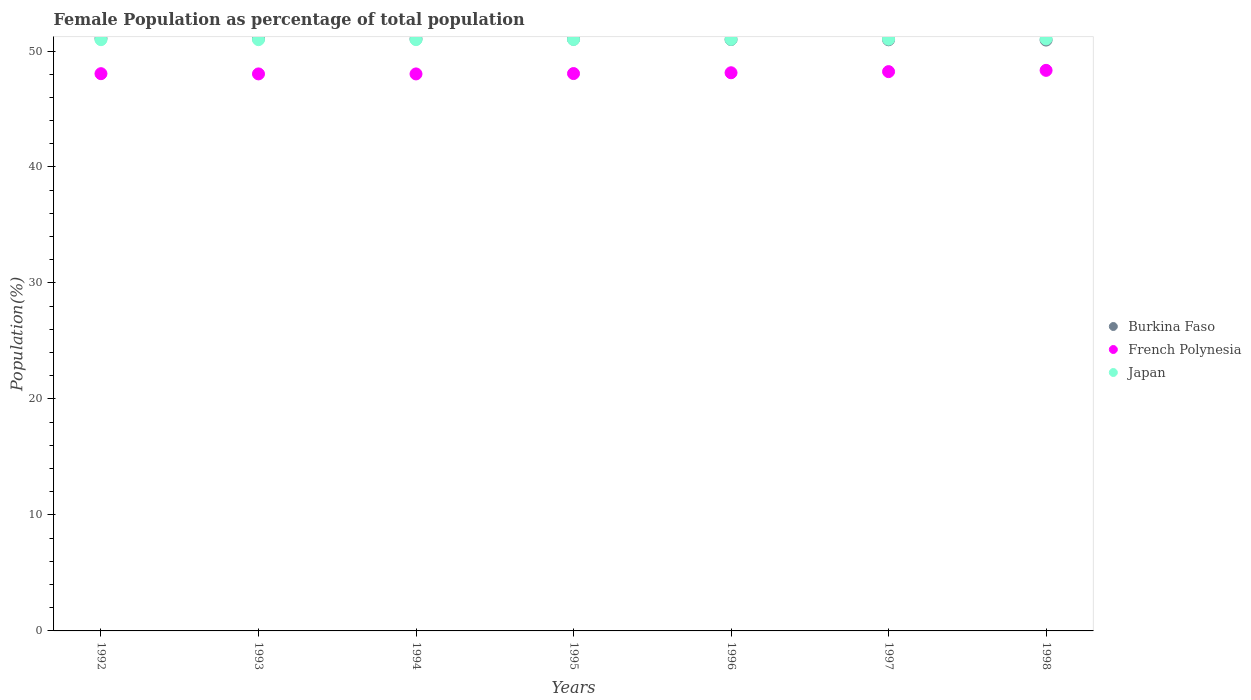
| Years | Burkina Faso | French Polynesia | Japan |
 | --- | --- | --- | --- |
 | 1992 | 51.1 | 48 | 51 |
 | 1993 | 51.1 | 48 | 51 |
 | 1994 | 51 | 48 | 51 |
 | 1995 | 51 | 48.1 | 51 |
 | 1996 | 51 | 48.1 | 51 |
 | 1997 | 51 | 48.2 | 51 |
 | 1998 | 50.9 | 48.3 | 51 |